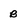
Character: b